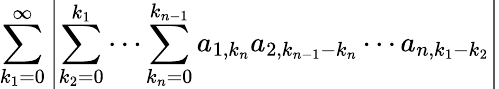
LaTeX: \sum_{k_{1}=0}^{\infty}\left|\sum_{k_{2}=0}^{k_{1}}\cdots\sum_{k_{n}=0}^{k_{n-1}}a_{1,k_{n}}a_{2,k_{n-1}-k_{n}}\cdots a_{n,k_{1}-k_{2}}\right|